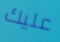
عليك